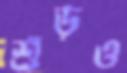
শুঁড়ও